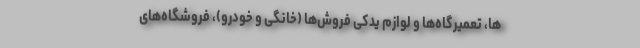
ها، تعمیرگاه‌ها و لوازم یدکی فروش‌ها (خانگی و خودرو)، فروشگاه‌های